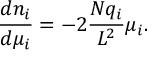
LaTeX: \frac { d n _ { i } } { d \mu _ { i } } = - 2 \frac { N q _ { i } } { L ^ { 2 } } \mu _ { i } .